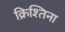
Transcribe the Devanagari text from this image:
क्रिश्तिना